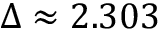
\Delta \approx 2 . 3 0 3